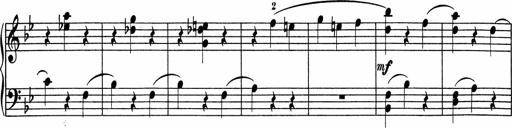
Title: 5 Sonatinen fÃ¼r die Jugend
Composer: Carl Reinecke